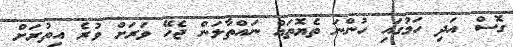
ގޮސް އަދި ހަމުގައި ހުންނަ ތެޔޮތައް ނައްތާލަން ޖެހޭ ވަރަށް ވުރެ އިތުރަށް